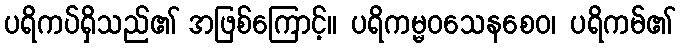
ပရိကပ်ရှိသည်၏ အဖြစ်ကြောင့်။ ပရိကမ္မဝသေနစေဝ၊ ပရိကမ်၏